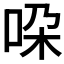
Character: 𫩴